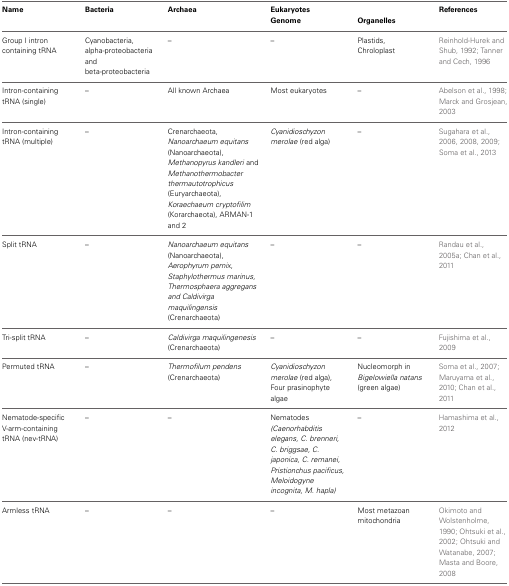
<table><thead><tr><td><b>Name</b></td><td><b>Bacteria</b></td><td><b>Archaea</b></td><td><b>Eukaryotes Genome</b></td><td><b>Organelles</b></td><td><b>References</b></td></tr></thead><tbody><tr><td>Group I intron containing tRNA</td><td>Cyanobacteria, alpha-proteobacteria and beta-proteobacteria</td><td>–</td><td>–</td><td>Plastids, Chroloplast</td><td>Reinhold-Hurek and Shub, 1992; Tanner and Cech, 1996</td></tr><tr><td>Intron-containing tRNA (single)</td><td>–</td><td>All known Archaea</td><td>Most eukaryotes</td><td>–</td><td>Abelson et al., 1998; Marck and Grosjean, 2003</td></tr><tr><td>Intron-containing tRNA (multiple)</td><td>–</td><td>Crenarchaeota, <i>Nanoarchaeum equitans</i> (Nanoarchaeota), <i>Methanopyrus kandleri</i> and <i>Methanothermobacter thermautotrophicus</i> (Euryarchaeota), <i>Koraechaeum cryptofilim</i> (Korarchaeota), ARMAN-1 and 2</td><td><i>Cyanidioschyzon merolae</i> (red alga)</td><td>–</td><td>Sugahara et al., 2006, 2008, 2009; Soma et al., 2013</td></tr><tr><td>Split tRNA</td><td>–</td><td><i>Nanoarchaeum equitans</i> (Nanoarchaeota), <i>Aerophyrum pernix, Staphylothermus marinus, Thermosphaera aggregans and Caldivirga maquilingensis</i> (Crenarchaeota)</td><td>–</td><td>–</td><td>Randau et al., 2005a; Chan et al., 2011</td></tr><tr><td>Tri-split tRNA</td><td>–</td><td><i>Caldivirga maquilingenesis</i> (Crenarchaeota)</td><td>–</td><td>–</td><td>Fujishima et al., 2009</td></tr><tr><td>Permuted tRNA</td><td>–</td><td><i>Thermofilum pendens</i> (Crenarchaeota)</td><td><i>Cyanidioschyzon merolae</i> (red alga), Four prasinophyte algae</td><td>Nucleomorph in <i>Bigelowiella natans</i> (green algae)</td><td>Soma et al., 2007; Maruyama et al., 2010; Chan et al., 2011</td></tr><tr><td>Nematode-specific V-arm-containing tRNA (nev-tRNA)</td><td>–</td><td>–</td><td>Nematodes <i>(Caenorhabditis elegans, C. brenneri, C. briggsae, C. japonica, C. remanei, Pristionchus pacificus, Meloidogyne incognita, M. hapla)</i></td><td>–</td><td>Hamashima et al., 2012</td></tr><tr><td>Armless tRNA</td><td>–</td><td>–</td><td>–</td><td>Most metazoan mitochondria</td><td>Okimoto and Wolstenholme, 1990; Ohtsuki et al., 2002; Ohtsuki and Watanabe, 2007; Masta and Boore, 2008</td></tr></tbody></table>